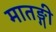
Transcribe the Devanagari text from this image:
मातङ्गी